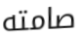
صامته